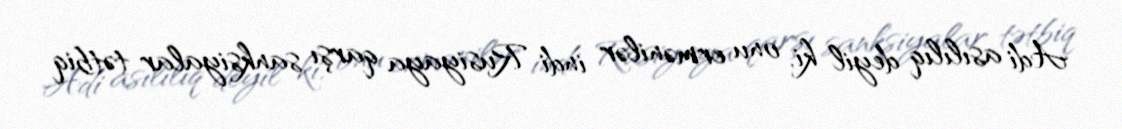
Adi asılılıq deyil ki, onu ermənilər indi Rusiyaya qarşı sanksiyalar tətbiq